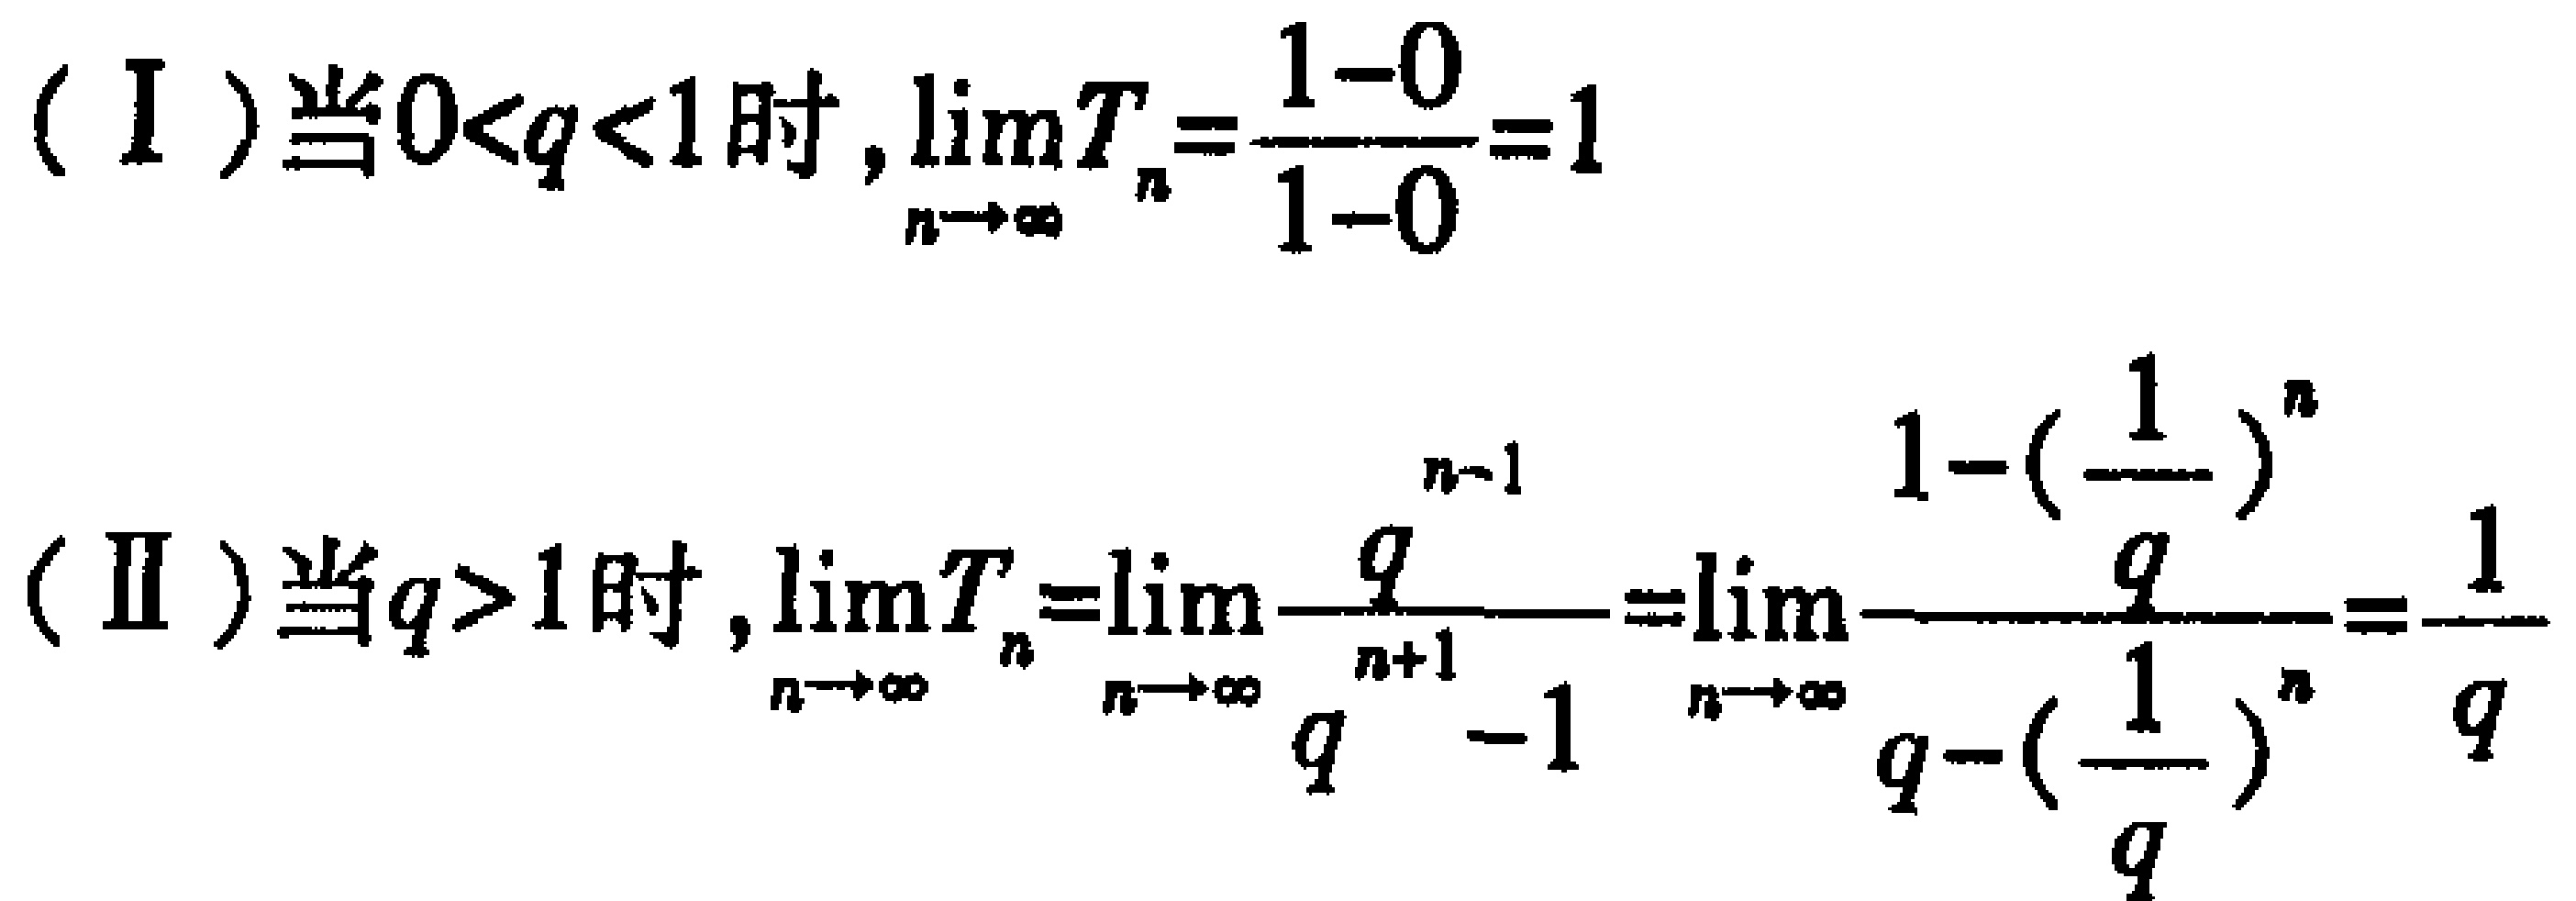
（I）当\(0<q<1\)时，\(\lim_{n \to \infty} T_{n}=\frac{1 - 0}{1 - 0}=1\)
（II）当\(q>1\)时，\(\lim_{n \to \infty} T_{n}=\lim_{n \to \infty} \frac{q^{n - 1}}{q^{n + 1}-1}=\lim_{n \to \infty} \frac{1 - (\frac{1}{q})^{n}}{q - (\frac{1}{q})^{n}}=\frac{1}{q}\)